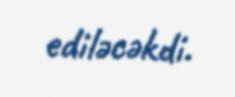
ediləcəkdi.